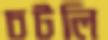
চটলি